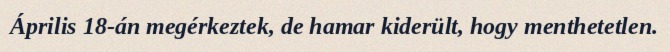
Április 18-án megérkeztek, de hamar kiderült, hogy menthetetlen.